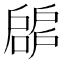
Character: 𢩝